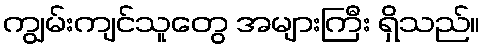
ကျွမ်းကျင်သူတွေ အများကြီး ရှိသည်။